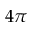
4 \pi